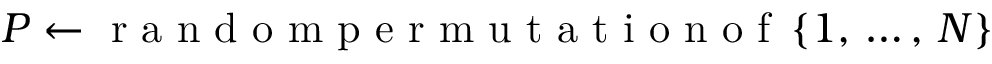
P \gets \mathrm { ~ r ~ a ~ n ~ d ~ o ~ m ~ p ~ e ~ r ~ m ~ u ~ t ~ a ~ t ~ i ~ o ~ n ~ o ~ f ~ } \left\{ 1 , \, \dots , \, N \right\}